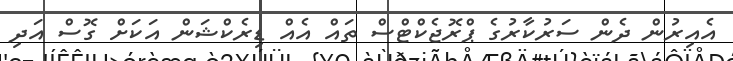
އެއިރުން ދެން ސަރުކާރުގެ ޕްރޮޖެކްޓްސް ތައް އެއް ޑިރެކްޝަން އަކަށް ގޮސް އަދި